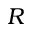
R